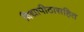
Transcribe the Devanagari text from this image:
विद्यापीठासहित